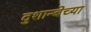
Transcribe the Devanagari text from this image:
दुशान्बेच्या